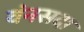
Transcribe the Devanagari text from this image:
वंनसदा